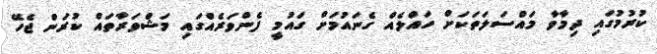
ކުރުމުގައި ދިމާވާ މައްސަލަތަކަށް ހައްލެއް ގެނައުމަށް ގައުމީ ފެންވަރެއްގައި މަޝްވަރާތައް ކުރަން ޖެހޭ